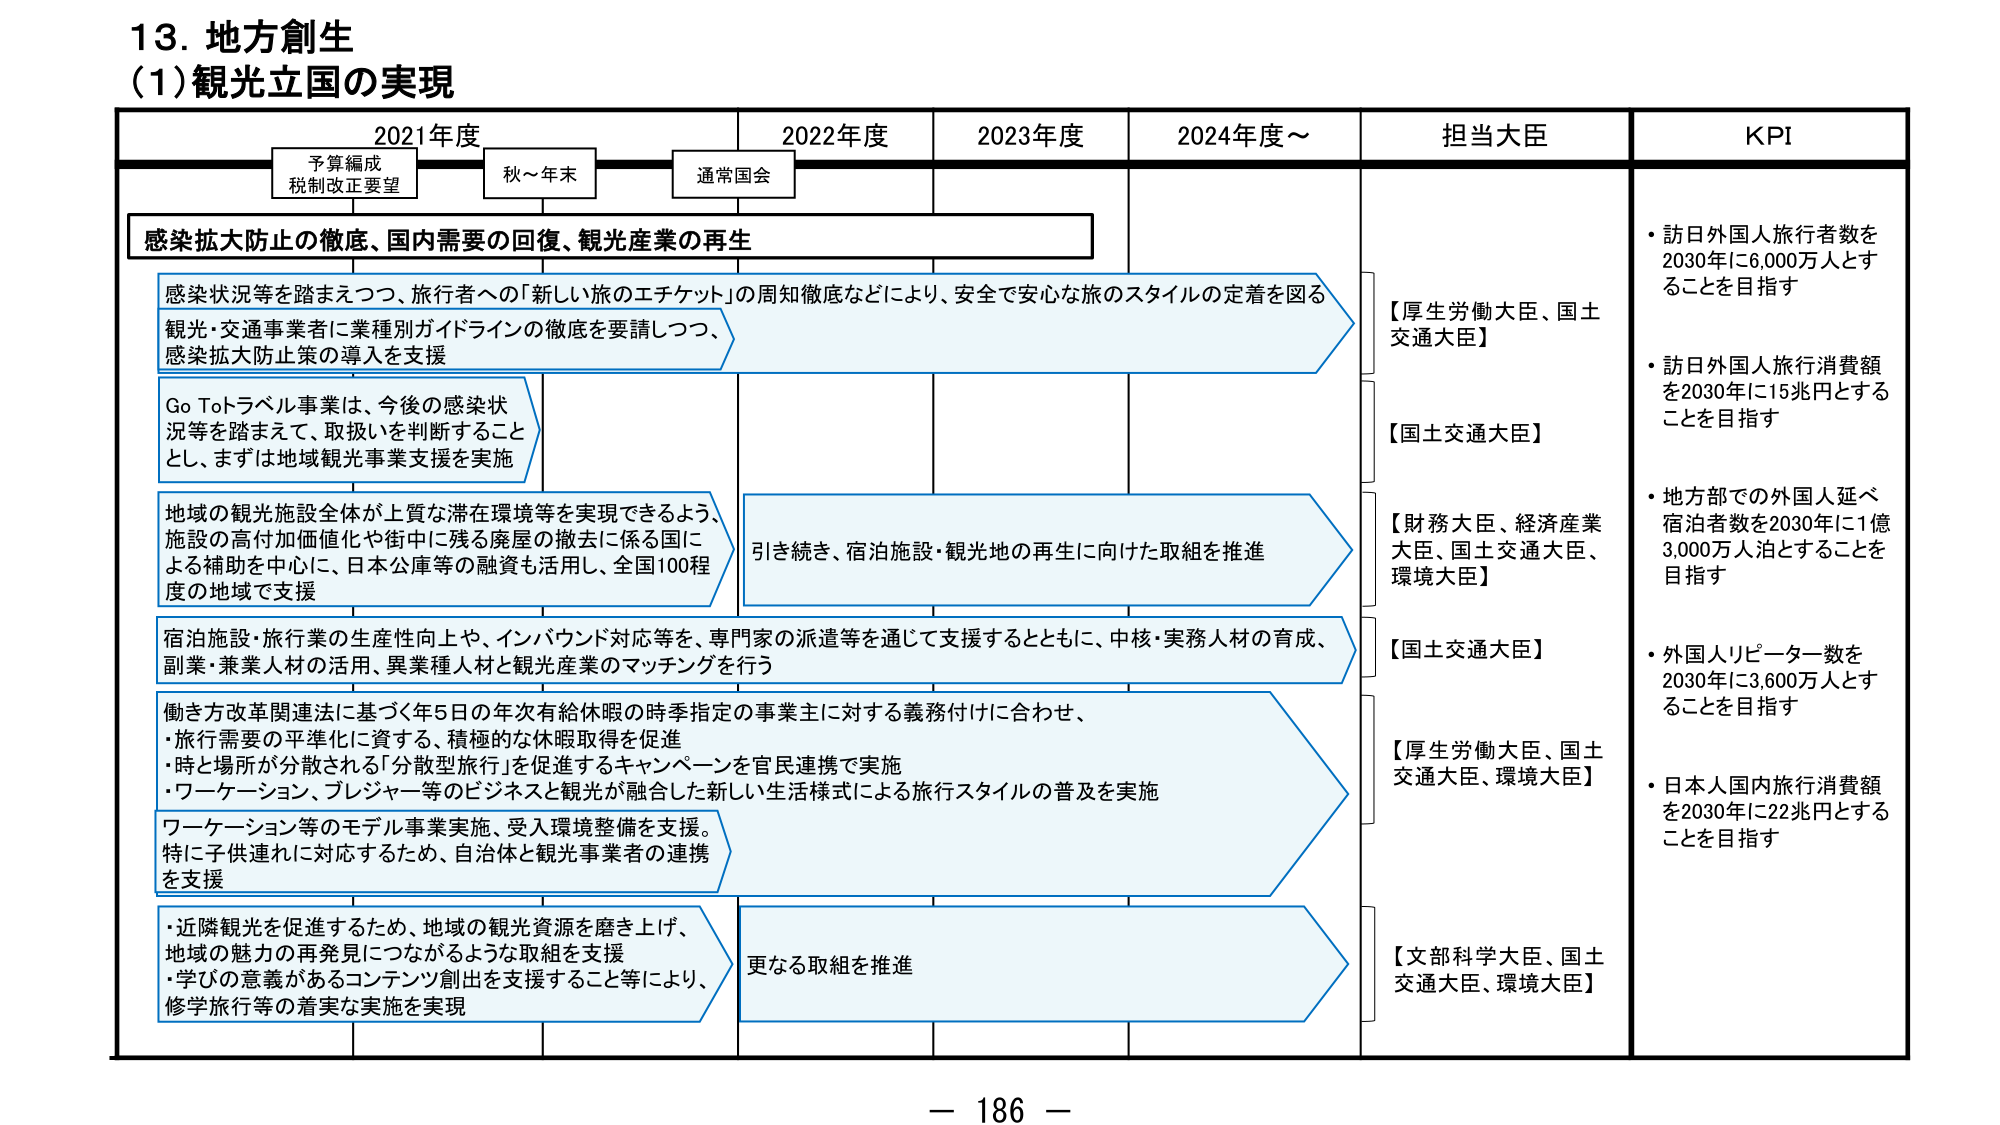
13. 地方創生
(1) 観光立国の実現

2021年度　　　　　2022年度　　　　　2023年度　　　　　2024年度～　　　　　担当大臣　　　　　KPI

予算編成
税制改正要望　　　秋～年末　　　通常国会

感染拡大防止の徹底、国内需要の回復、観光産業の再生

感染状況等を踏まえつつ、旅行者への「新しい旅のエチケット」の周知徹底などにより、安全で安心な旅のスタイルの定着を図る
観光・交通事業者に業種別ガイドラインの徹底を要請しつつ、
感染拡大防止策の導入を支援

Go Toトラベル事業は、今後の感染状況等を踏まえて、取扱いを判断することとし、まずは地域観光事業支援を実施

地域の観光施設全体が上質な滞在環境等を実現できるよう、施設の高付加価値化や街中に残る廃屋の撤去に係る国による補助を中心に、日本公庫等の融資も活用し、全国100程度の地域で支援

引き続き、宿泊施設・観光地の再生に向けた取組を推進

宿泊施設・旅行業の生産性向上や、インバウンド対応等を、専門家の派遣等を通じて支援するとともに、中核・実務人材の育成、副業・兼業人材の活用、異業種人材と観光産業のマッチングを行う

働き方改革関連法に基づく年5日の年次有給休暇の時季指定の事業主に対する義務付けに合わせ、
・旅行需要の平準化に資する、積極的な休暇取得を促進
・時と場所が分散される「分散型旅行」を促進するキャンペーンを官民連携で実施
・ワーケーション、プレジャー等のビジネスと観光が融合した新しい生活様式による旅行スタイルの普及を実施

ワーケーション等のモデル事業実施、受入環境整備を支援。
特に子供連れに対応するため、自治体と観光事業者の連携を支援

・近隣観光を促進するため、地域の観光資源を磨き上げ、地域の魅力の再発見につながるような取組を支援
・学びの意義があるコンテンツ創出を支援すること等により、修学旅行等の着実な実施を実現

更なる取組を推進

【厚生労働大臣、国土交通大臣】
【国土交通大臣】
【財務大臣、経済産業大臣、国土交通大臣、環境大臣】
【国土交通大臣】
【厚生労働大臣、国土交通大臣、環境大臣】
【文部科学大臣、国土交通大臣、環境大臣】

・訪日外国人旅行者数を2030年に6,000万人とすることを目指す
・訪日外国人旅行消費額を2030年に15兆円とすることを目指す
・地方部での外国人延べ宿泊者数を2030年に1億3,000万人泊とすることを目指す
・外国人リピーター数を2030年に3,600万人とすることを目指す
・日本人国内旅行消費額を2030年に22兆円とすることを目指す

－ 186 －